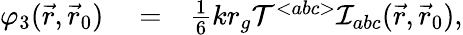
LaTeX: \begin{array}{rlr}{\varphi_{3}(\vec{r},\vec{r}_{0})}&{{}=}&{{\textstyle\frac{1}{6}}kr_{g}{\cal T}{}^{<abc>}{\cal I}_{abc}(\vec{r},\vec{r}_{0}),}\end{array}